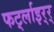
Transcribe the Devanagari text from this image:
फर्ट्लाइर्‍र्